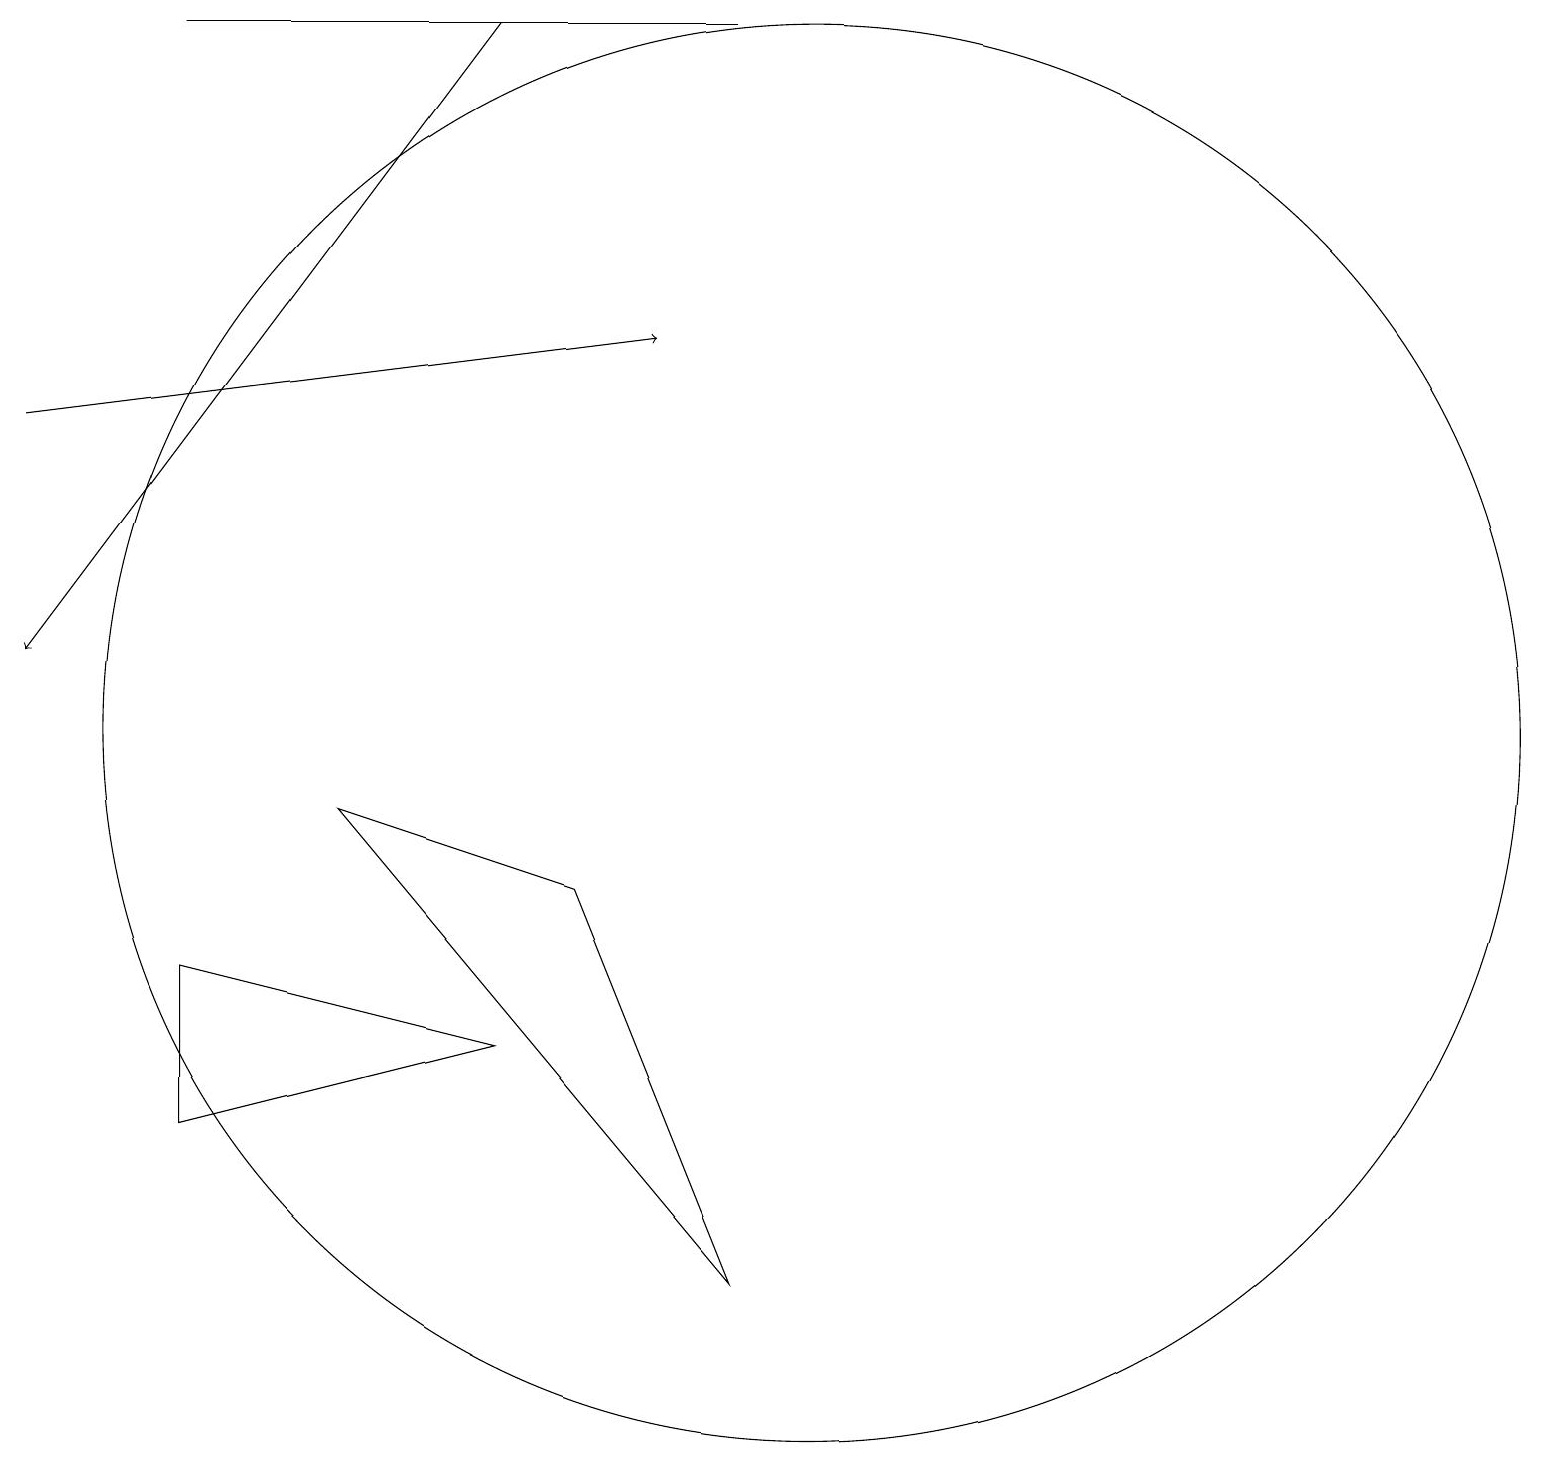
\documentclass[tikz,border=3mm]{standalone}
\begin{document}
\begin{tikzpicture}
\draw (9,19) rectangle (2,19);
\draw[->] (0,14) -- (8,15);
\draw (10,10) circle (9);
\draw (6,6) -- (2,5) -- (2,7) -- cycle;
\draw (9,3) -- (4,9) -- (7,8) -- cycle;
\draw[->] (6,19) -- (0,11);
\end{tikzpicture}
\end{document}